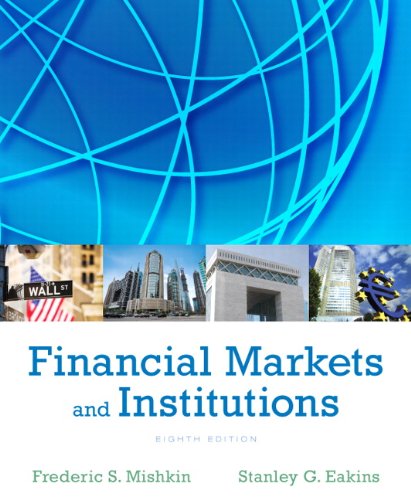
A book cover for Financial Markets and Institutions (8th Edition) (Pearson Series in Finance); Frederic S Mishkin; Business & Money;